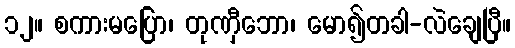
၁၂။ စကားမပြော၊ တုဏှီဘော၊ မော၍တခါ-လဲချေပြီ။